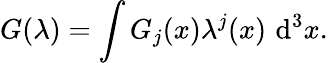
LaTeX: G(\lambda)=\int G_{j}(x)\lambda^{j}(x)\, \operatorname{d}^{3}\! x.